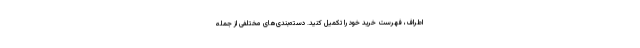
اطراف، فهرست خرید خود را تکمیل کنید. دسته‌بندی‌های مختلفی از جمله